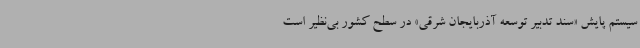
سیستم پایش «سند تدبیر توسعه آذربایجان شرقی» در سطح کشور بی‌نظیر است